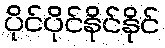
ပိုင်ပိုင်နိုင်နိုင်